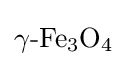
{\mathrm {\gamma } {\text{-}}\mathrm {Fe} {\vphantom {A}}_{\smash[{t}]{3}}\mathrm {O} {\vphantom {A}}_{\smash[{t}]{4}}}